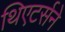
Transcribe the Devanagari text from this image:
थिएटर्सने